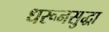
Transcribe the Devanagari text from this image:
धरूनसुद्धा